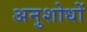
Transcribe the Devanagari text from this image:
अनुशोधों